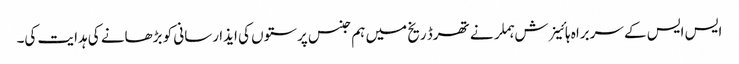
ایس ایس کے سربراہ ہائینرش ہملر نے تھرڈ ریخ میں ہم جنس پرستوں کی ایذا رسانی کو بڑھانے کی ہدایت کی۔